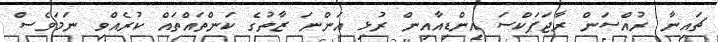
ޗައިނާ ރުއްސަން ރާޖަޕަކްސަ އިންޑިއާއިން ރުޅި އަންނަ ޒާތުގެ ކަންތައްތައް ކުރެއްވި ނަމަވެސް